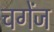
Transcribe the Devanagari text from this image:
चगेंज